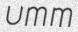
umm